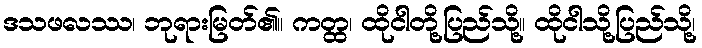
ဒသဖလဿ၊ ဘုရားမြတ်၏။ ကတ္ထ၊ ထိုငါတို့ပြည်သို့။ ထိုငါသို့ပြည်သို့၊